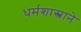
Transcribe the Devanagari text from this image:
धर्मशास्त्राने